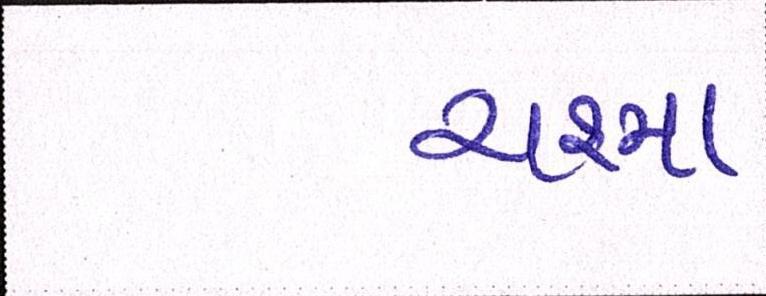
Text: ચશ્મા